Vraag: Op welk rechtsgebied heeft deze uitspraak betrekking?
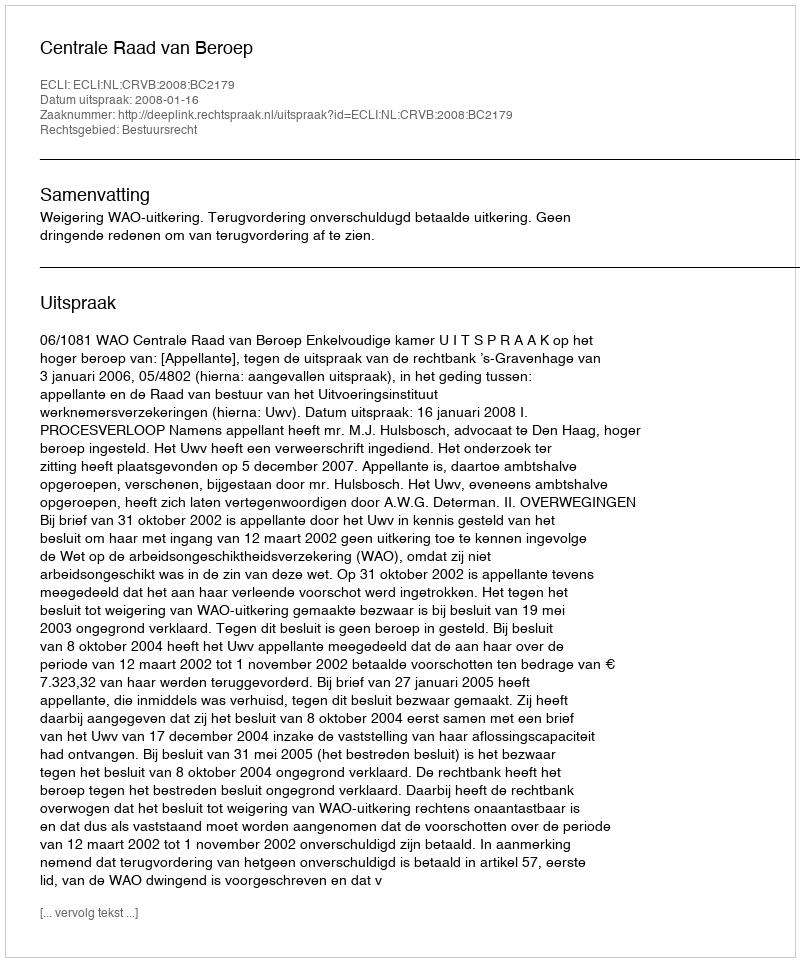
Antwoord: Bestuursrecht